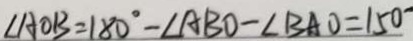
\angle A O B = 1 8 0 ^ { \circ } - \angle A B O - \angle B A O = 1 5 0 ^ { \circ }